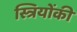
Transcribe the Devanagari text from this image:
स्त्रियोंकी